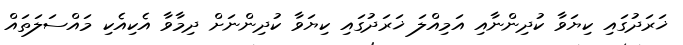
ޚަރަދުގައި ކިޔަވާ ކުދިންނާއި އަމިއްލަ ޚަރަދުގައި ކިޔަވާ ކުދިންނަށް ދިމާވާ އެކިއެކި މައްސަލަތައް